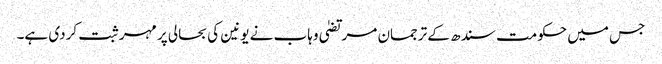
جس میں حکومت سندھ کے ترجمان مرتضیٰ وہاب نے یونین کی بحالی پر مہر ثبت کردی ہے۔